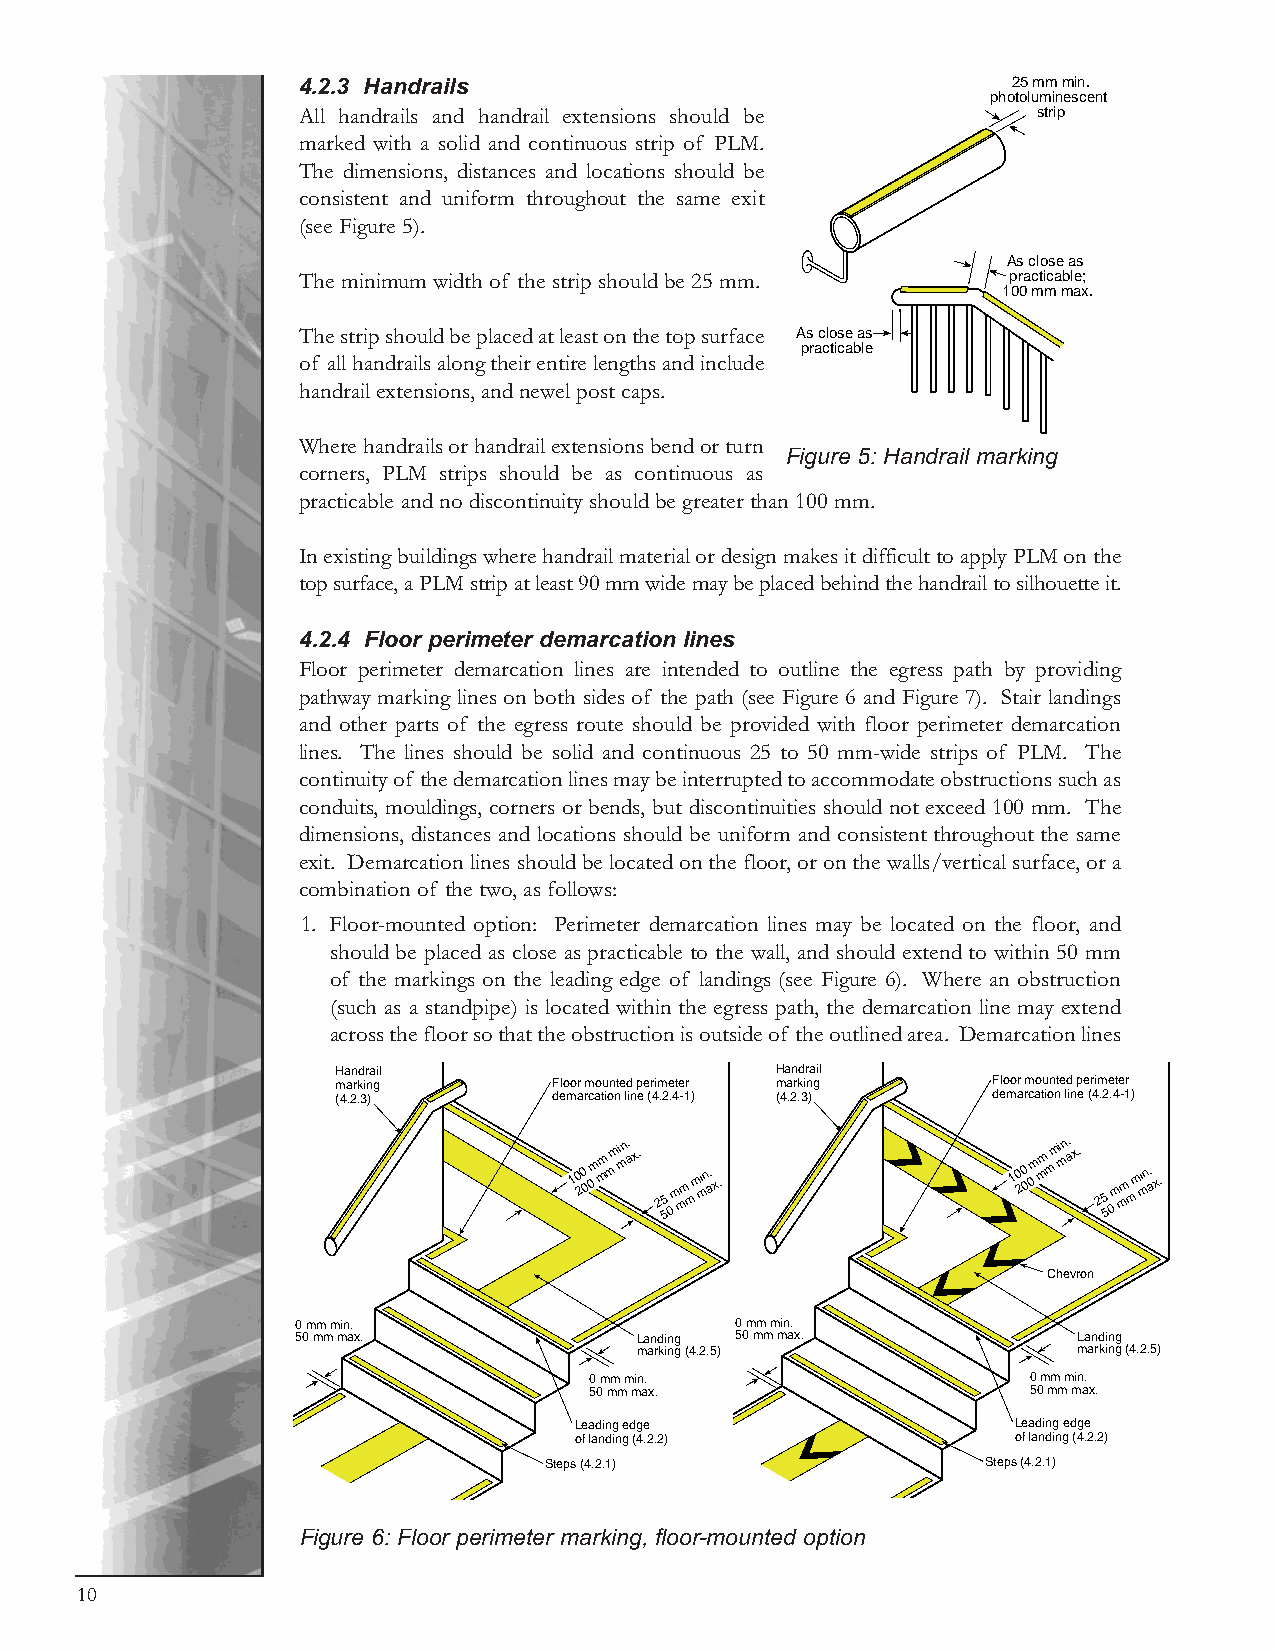
4.2.3 Handrails                                25 mm min.
 photoluminescent
 All handrails and handrail extensions should be  strip
 marked with a solid and continuous strip of PLM.
 The dimensions, distances and locations should be
 consistent and uniform throughout the same exit
 (see Figure 5).
 As close as
 The minimum width of the strip should be 25 mm. practicable;
 100 mm max.
 The strip should be placed at least on the top surface As close as
 practicable
 of all handrails along their entire lengths and include
 handrail extensions, and newel post caps.
 Where handrails or handrail extensions bend or turn
 Figure 5: Handrail marking
 corners, PLM strips should be as continuous as
 practicable and no discontinuity should be greater than 100 mm.
 In existing buildings where handrail material or design makes it difficult to apply PLM on the
 top surface, a PLM strip at least 90 mm wide may be placed behind the handrail to silhouette it.
 4.2.4 Floor perimeter demarcation lines
 Floor perimeter demarcation lines are intended to outline the egress path by providing
 pathway marking lines on both sides of the path (see Figure 6 and Figure 7). Stair landings
 and other parts of the egress route should be provided with floor perimeter demarcation
 lines. The lines should be solid and continuous 25 to 50 mm-wide strips of PLM. The
 continuity of the demarcation lines may be interrupted to accommodate obstructions such as
 conduits, mouldings, corners or bends, but discontinuities should not exceed 100 mm. The
 dimensions, distances and locations should be uniform and consistent throughout the same
 exit. Demarcation lines should be located on the floor, or on the walls/vertical surface, or a
 combination of the two, as follows:
 1. Floor-mounted option: Perimeter demarcation lines may be located on the floor, and
 should be placed as close as practicable to the wall, and should extend to within 50 mm
 of the markings on the leading edge of landings (see Figure 6). Where an obstruction
 (such as a standpipe) is located within the egress path, the demarcation line may extend
 across the floor so that the obstruction is outside of the outlined area. Demarcation lines
 Handrail                     Handrail
 marking        Floor mounted perimeter marking Floor mounted perimeter
 (4.2.3)        demarcation line (4.2.4-1) (4.2.3) demarcation line (4.2.4-1)
 10 20 0 0m mm mm i mn. ax. 25
 5
 0m mm mm i mn. ax.     10 20 0 0m mm mm i mn. ax. 25
 5
 0m mm mm i mn. ax.
 Chevron
 0 mm min.                    0 mm min.
 50 mm max.            Landing 50 mm max.           Landing
 marking (4.2.5)              marking (4.2.5)
 0 mm min.                    0 mm min.
 50 mm max.                   50 mm max.
 Leading edge                 Leading edge
 of landing (4.2.2)           of landing (4.2.2)
 Steps (4.2.1)                Steps (4.2.1)
 Figure 6: Floor perimeter marking, floor-mounted option
 10